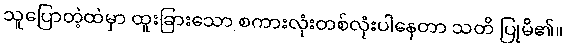
သူပြောတဲ့ထဲမှာ ထူးခြားသော စကားလုံးတစ်လုံးပါနေတာ သတိ ပြုမိ၏။